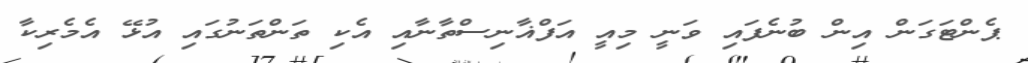
ޕެންޓަގަން އިން ބުނެފައި ވަނީ މިއީ އަފްޣާނިސްތާނާއި އެކި ތަންތަނުގައި އުޅޭ އެމެރިކާ